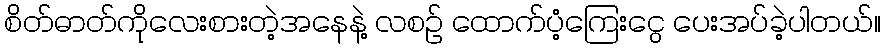
စိတ်ဓာတ်ကိုလေးစားတဲ့အနေနဲ့ လစဉ် ထောက်ပံ့ကြေးငွေ ပေးအပ်ခဲ့ပါတယ်။